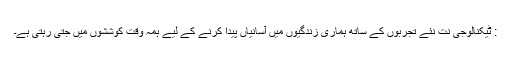
: ٹیکنالوجی نت نئے تجربوں کے ساتھ ہماری زندگیوں میں آسانیاں پیدا کرنے کے لیے ہمہ وقت کوششوں میں جتی رہتی ہے۔